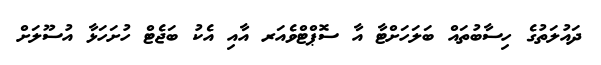
ދައުލަތުގެ ހިސާބުތައް ބަލަހަށްޓާ އާ ސޮޕްޓްވެއަރ އާއި އެކު ބަޖެޓް ހުށަހަޅާ އުސޫލަށް